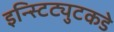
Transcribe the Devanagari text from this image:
इन्स्टिट्युटकडे